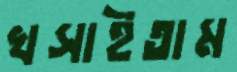
খসাইতাম